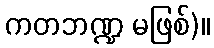
ကတဘဏ္ဍ မဖြစ်)။